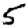
Digit: 5